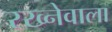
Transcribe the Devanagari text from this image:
रख्नेवाला